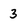
Character: 3